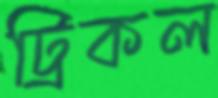
ট্রিকল